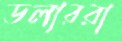
ডলাররা